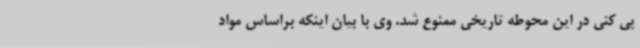
پی کنی در این محوطه تاریخی ممنوع شد. وی با بیان اینکه براساس مواد